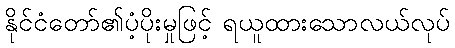
နိုင်ငံတော်၏ပံ့ပိုးမှုဖြင့် ရယူထားသောလယ်လုပ်